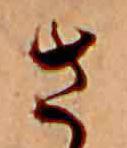
さ